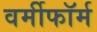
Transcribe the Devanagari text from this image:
वर्मीफॉर्म